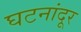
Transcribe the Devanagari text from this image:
घटनांदूर